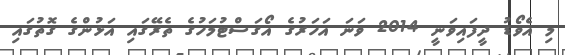
މި އެވޯޑު ދީފައިވަނީ 2014 ވަނަ އަހަރުގެ އޯގަސްޓުމަހުގެ ތެރޭގައި އަޅުންގެ ގޮތުގައި